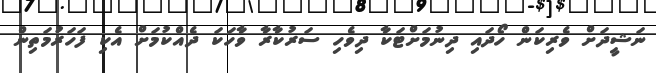
ނަޝީދަށް ވެރިކަން ހޯދައި ދިނުމަށްޓަކާ ދިވެހި ސަރުކާރާ ވާހަކަ ދެއްކުމަށް އެކި ފަހަރުމަތިން